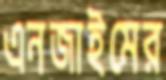
এনজাইমের